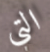
التي